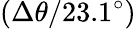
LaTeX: (\Delta\theta/23.1^{\circ})